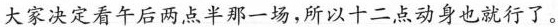
大家决定看午后两点半那一场，所以十二点动身也就行了。